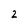
Character: 2